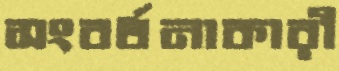
সংবর্ধনাকারী